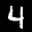
Label: 4